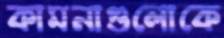
কামনাগুলোকে